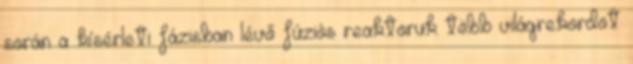
során a kísérleti fázisban lévő fúziós reaktoruk több világrekordot